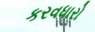
કરવધારો